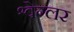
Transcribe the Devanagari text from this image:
श्वेग्लर